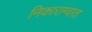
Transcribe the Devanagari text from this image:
निकाराग्वात